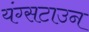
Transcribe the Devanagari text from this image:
यंग्सटाउन